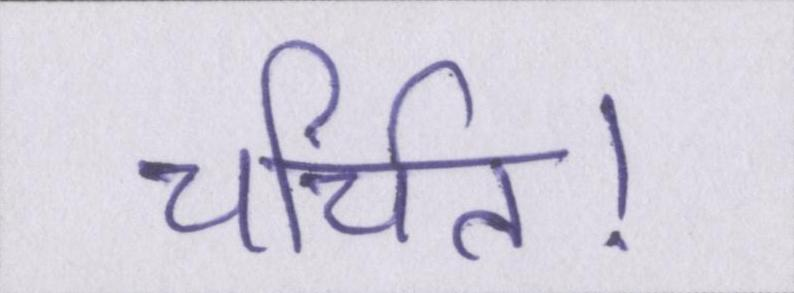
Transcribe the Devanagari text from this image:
चर्चित।